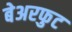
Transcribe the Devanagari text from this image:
बेअरफुट